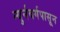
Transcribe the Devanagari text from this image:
न्युर्नबर्गपासून